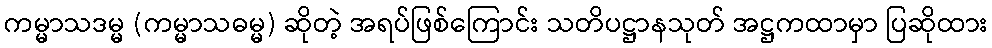
ကမ္မာသဒမ္မ (ကမ္မာသဓမ္မ) ဆိုတဲ့ အရပ်ဖြစ်ကြောင်း သတိပဋ္ဌာနသုတ် အဋ္ဌကထာမှာ ပြဆိုထား